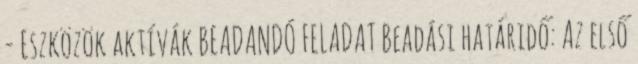
- Eszközök aktívák BEADANDÓ FELADAT Beadási határidő: Az első